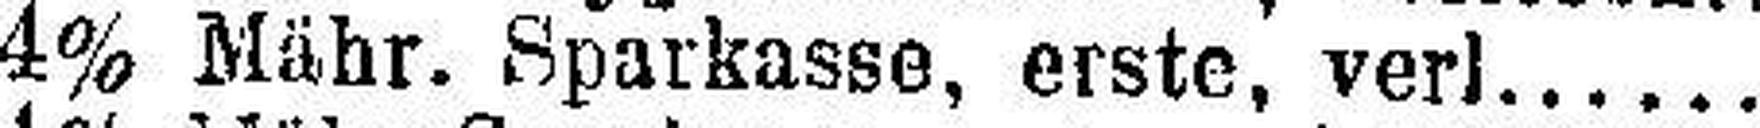
4% Mähr. Sparkasse, erste, verl......